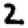
Digit: 2